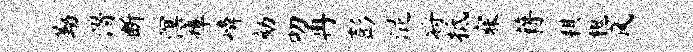
勒潜断溟瘴嶙劾叨冉彭混将抵寐藉棋槐风